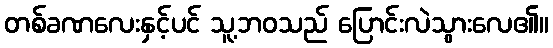
တစ်ခဏလေးနှင့်ပင် သူ့ဘဝသည် ပြောင်းလဲသွားလေ၏။